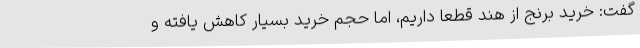
گفت: خرید برنج از هند قطعا داریم، اما حجم خرید بسیار کاهش یافته و